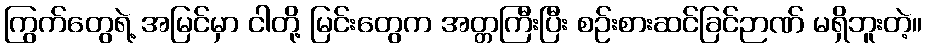
ကြွက်တွေရဲ့ အမြင်မှာ ငါတို့ မြင်းတွေက အတ္တကြီးပြီး စဉ်းစားဆင်ခြင်ဉာဏ် မရှိဘူးတဲ့။